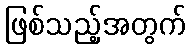
ဖြစ်သည့်အတွက်